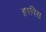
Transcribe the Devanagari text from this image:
हरपिस